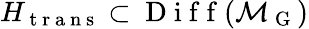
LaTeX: H_{\mathrm{~t~r~a~n~s~}}\subset\mathrm{~D~i~f~f~}(\mathcal{M}_{\mathrm{~G~}})